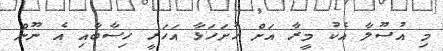
މި އުސޫލާ އެކު މީރާ އަށް ހުށަހަޅާ އަހަރީ ހިސާބާއި އެ ނޫން